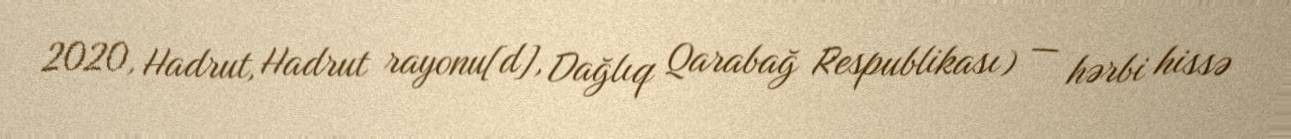
2020, Hadrut, Hadrut rayonu[d], Dağlıq Qarabağ Respublikası) — hərbi hissə